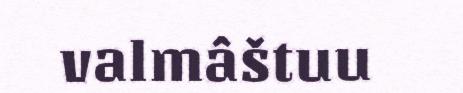
valmâštuu